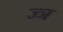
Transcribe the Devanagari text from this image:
ज्‍ञ